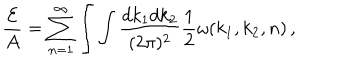
{ \frac { \cal E } { A } } = \sum _ { n = 1 } ^ { \infty } \int \int { \frac { d k _ { 1 } d k _ { 2 } } { ( 2 \pi ) ^ { 2 } } } { \frac { 1 } { 2 } } \omega ( k _ { 1 } , k _ { 2 } , n ) \, ,